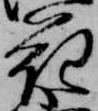
花